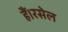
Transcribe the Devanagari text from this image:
हैं।रसेल